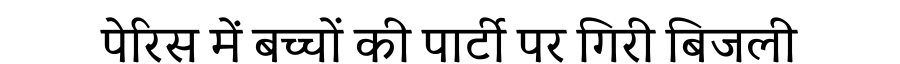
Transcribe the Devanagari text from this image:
पेरिस में बच्चों की पार्टी पर गिरी बिजली